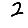
Digit: 2